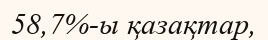
58,7%-ы қазақтар,